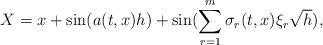
LaTeX: \begin{align*}X=x+\sin(a(t,x)h)+\sin(\sum_{r=1}^{m}\sigma_{r}(t,x)\xi_{r}\sqrt{h}),\end{align*}